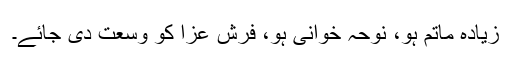
زیادہ ماتم ہو، نوحہ خوانی ہو، فرش عزا کو وسعت دی جائے۔